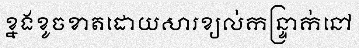
ខ្នងខូចខាតដោយសារខ្យល់កន្ទ្រាក់នៅ